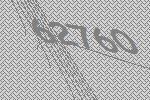
62760